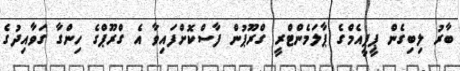
ބާރު ލިބިގެން ޕީޕީއެމްގެ ޕާލަމެންޓްރީ ގްރޫޕުން ފާސްކޮށްފައިވާ އެ ގްރޫޕްގެ ހިންގާ ގަވާއިދުގެ